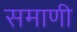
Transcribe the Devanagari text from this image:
समाणी